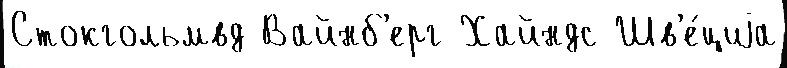
Стокгольмвд Вайнб'ерг Хайндс Шв'е́циjа